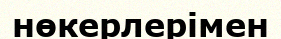
нөкерлерімен